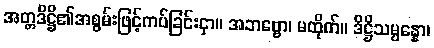
အတ္တဒိဋ္ဌိ၏အစွမ်းဖြင့်ကပ်ခြင်းငှာ။ အဘဗ္ဗော၊ မထိုက်။ ဒိဋ္ဌိသမ္ပန္နော၊